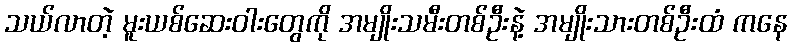
သယ်လာတဲ့ မူးယစ်ဆေးဝါးတွေကို အမျိုးသမီးတစ်ဦးနဲ့ အမျိုးသားတစ်ဦးထံ ကနေ